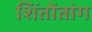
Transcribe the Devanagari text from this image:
शिंतोंतांग